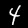
Digit: 4